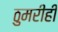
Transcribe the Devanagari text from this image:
ठुमरीही